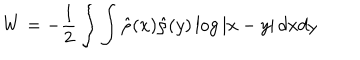
W = - { \frac { 1 } { 2 } } \int \int \hat { \rho } ( x ) \hat { \rho } ( y ) \log \vert x - y \vert \, d x d y